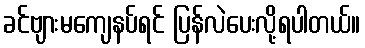
ခင်ဗျားမကျေနပ်ရင် ပြန်လဲပေးလို့ရပါတယ်။